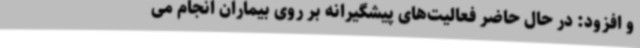
و افزود: در حال حاضر فعالیت‌های پیشگیرانه بر روی بیماران انجام می